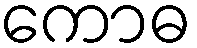
ကောဓ